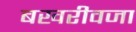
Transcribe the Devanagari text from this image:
बखरीवजा